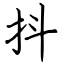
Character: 抖